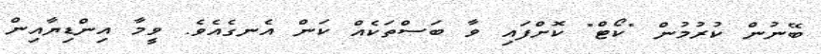
ބޭނުން ކުރުމުން "ކޯޓް" ކޮށްފައި ވާ ބަސްތަކެއް ކަން އެނގެއެވެ. ވީމާ އިންޑިޔާއިން